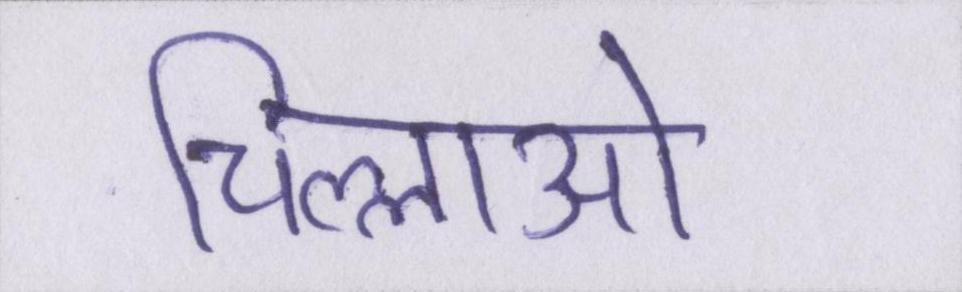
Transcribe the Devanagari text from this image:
चिल्लाओ